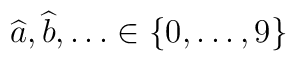
\widehat{a},\widehat{b},\ldots \in \{0,\ldots ,9\}